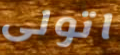
اتولى